system: You are a helpful assistant.
user:
Analyze the provided spectrum to determine if it is a **S-type Star**.

- **Key Indicators for S-type Star:**

    - **(Overall Spectrum Shape):** The first and most obvious characteristic is the overall continuum (the "baseline" shape). It is **extremely "red-sloping,"** meaning the flux (light intensity) is very low on the left side (blue, ~4000-4500 Å) and rises steeply and continuously toward the right side (red, ~7000 Å+).

    - **(Primary):** The spectrum is defined by the presence of strong, broad molecular absorption "valleys" (bands) from **Zirconium Oxide (ZrO)**. The identification of these bands is the **primary requirement** for classifying a star as S-type.
        - **(Key Bandheads):** You must find distinct, deep "dips" where the light has been absorbed. The most critical band systems to locate are:
            - **~6474 Å** ($\gamma$-system): This is often the strongest and clearest ZrO feature, found in the red part of the spectrum.
            - **~5718 Å** & **~5551 Å** ($\beta$-system): A pair of prominent absorption features in the yellow-orange part of the spectrum.
            - **~4640 Å** ($\alpha$-system): A key absorption band system in the blue-green region of the spectrum.

    - **(Secondary Confirmation):** The classification is strengthened by finding additional absorption bands from other related heavy element oxides, which are expected to be present alongside ZrO.
        - **(Key Bandheads):**
            - **Yttrium Oxide (YO):** Look for absorption dips near **~4800 Å** and **~6100 Å**.
            - **Lanthanum Oxide (LaO):** Additional absorption features, particularly in the red-orange part of the spectrum, are also characteristic.

    - **(Line Profile):** The combination of the steep red continuum and these numerous, deep molecular bands (ZrO, YO, etc.) gives the entire spectrum a very **"chopped-up"** or **"bumpy"** appearance. Instead of a smooth curve, the spectrum looks as though large, wide chunks of light have been "carved out" of it at the specific wavelengths listed above.

Think first, call **spectral_visualization_tool** if needed to examine features in detail, then provide your final answer. Your response must adhere to the following strict rules:
1.  **Overall Structure:** Your response must follow the format `<think>...</think> <tool_call>...</tool_call> (if a tool is used) <answer>...</answer>`.
2.  **Tool Usage Constraint:** You may only make **one** tool call per turn.
3.  **Final Answer Format:** In the `<answer>` tag, your conclusion must be inside a `\boxed{}` command (e.g., `\boxed{YES}` or `\boxed{NO}`), followed by your justification.

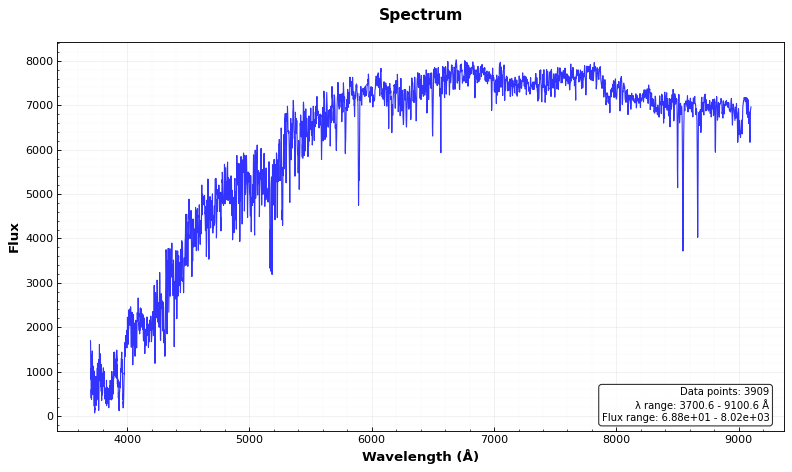
Answer: NO